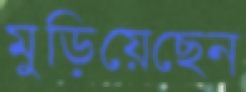
মুড়িয়েছেন